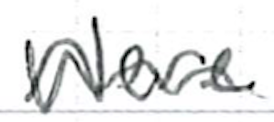
Text: were
Cross-out: wave
Writing tool: ballpoint